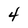
Character: 4